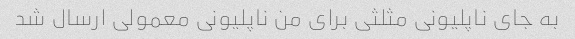
به جای ناپلیونی مثلثی برای من ناپلیونی معمولی ارسال شد